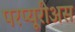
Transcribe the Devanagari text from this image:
परप्यूरीअस